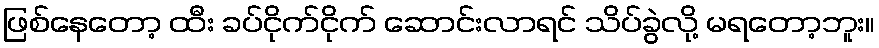
ဖြစ်နေတော့ ထီး ခပ်ငိုက်ငိုက် ဆောင်းလာရင် သိပ်ခွဲလို့ မရတော့ဘူး။